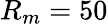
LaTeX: R_{m}=50